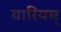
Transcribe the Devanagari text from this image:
वारियम्